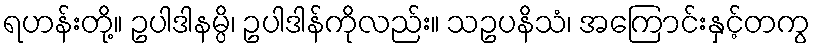
ရဟန်းတို့။ ဥပါဒါနမ္ပိ၊ ဥပါဒါန်ကိုလည်း။ သဥပနိသံ၊ အကြောင်းနှင့်တကွ